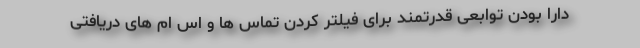
دارا بودن توابعی قدرتمند برای فیلتر کردن تماس ها و اس ام های دریافتی